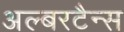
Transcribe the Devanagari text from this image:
अल्बरटैन्स